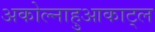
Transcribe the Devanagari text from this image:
अकोल्नाहुआकाट्ल